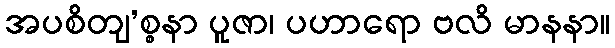
အပစိတျ’စ္စနာ ပူဇာ၊ ပဟာရော ဗလိ မာနနာ။